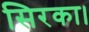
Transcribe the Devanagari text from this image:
सिरका।